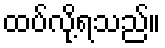
ထပ်လို့ရသည်။